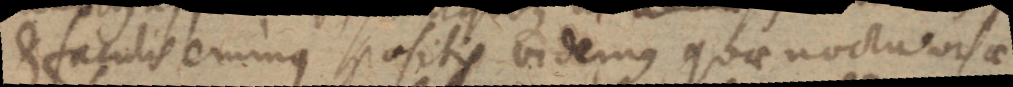
et faculis eminus positis videmus, quae noctu visae